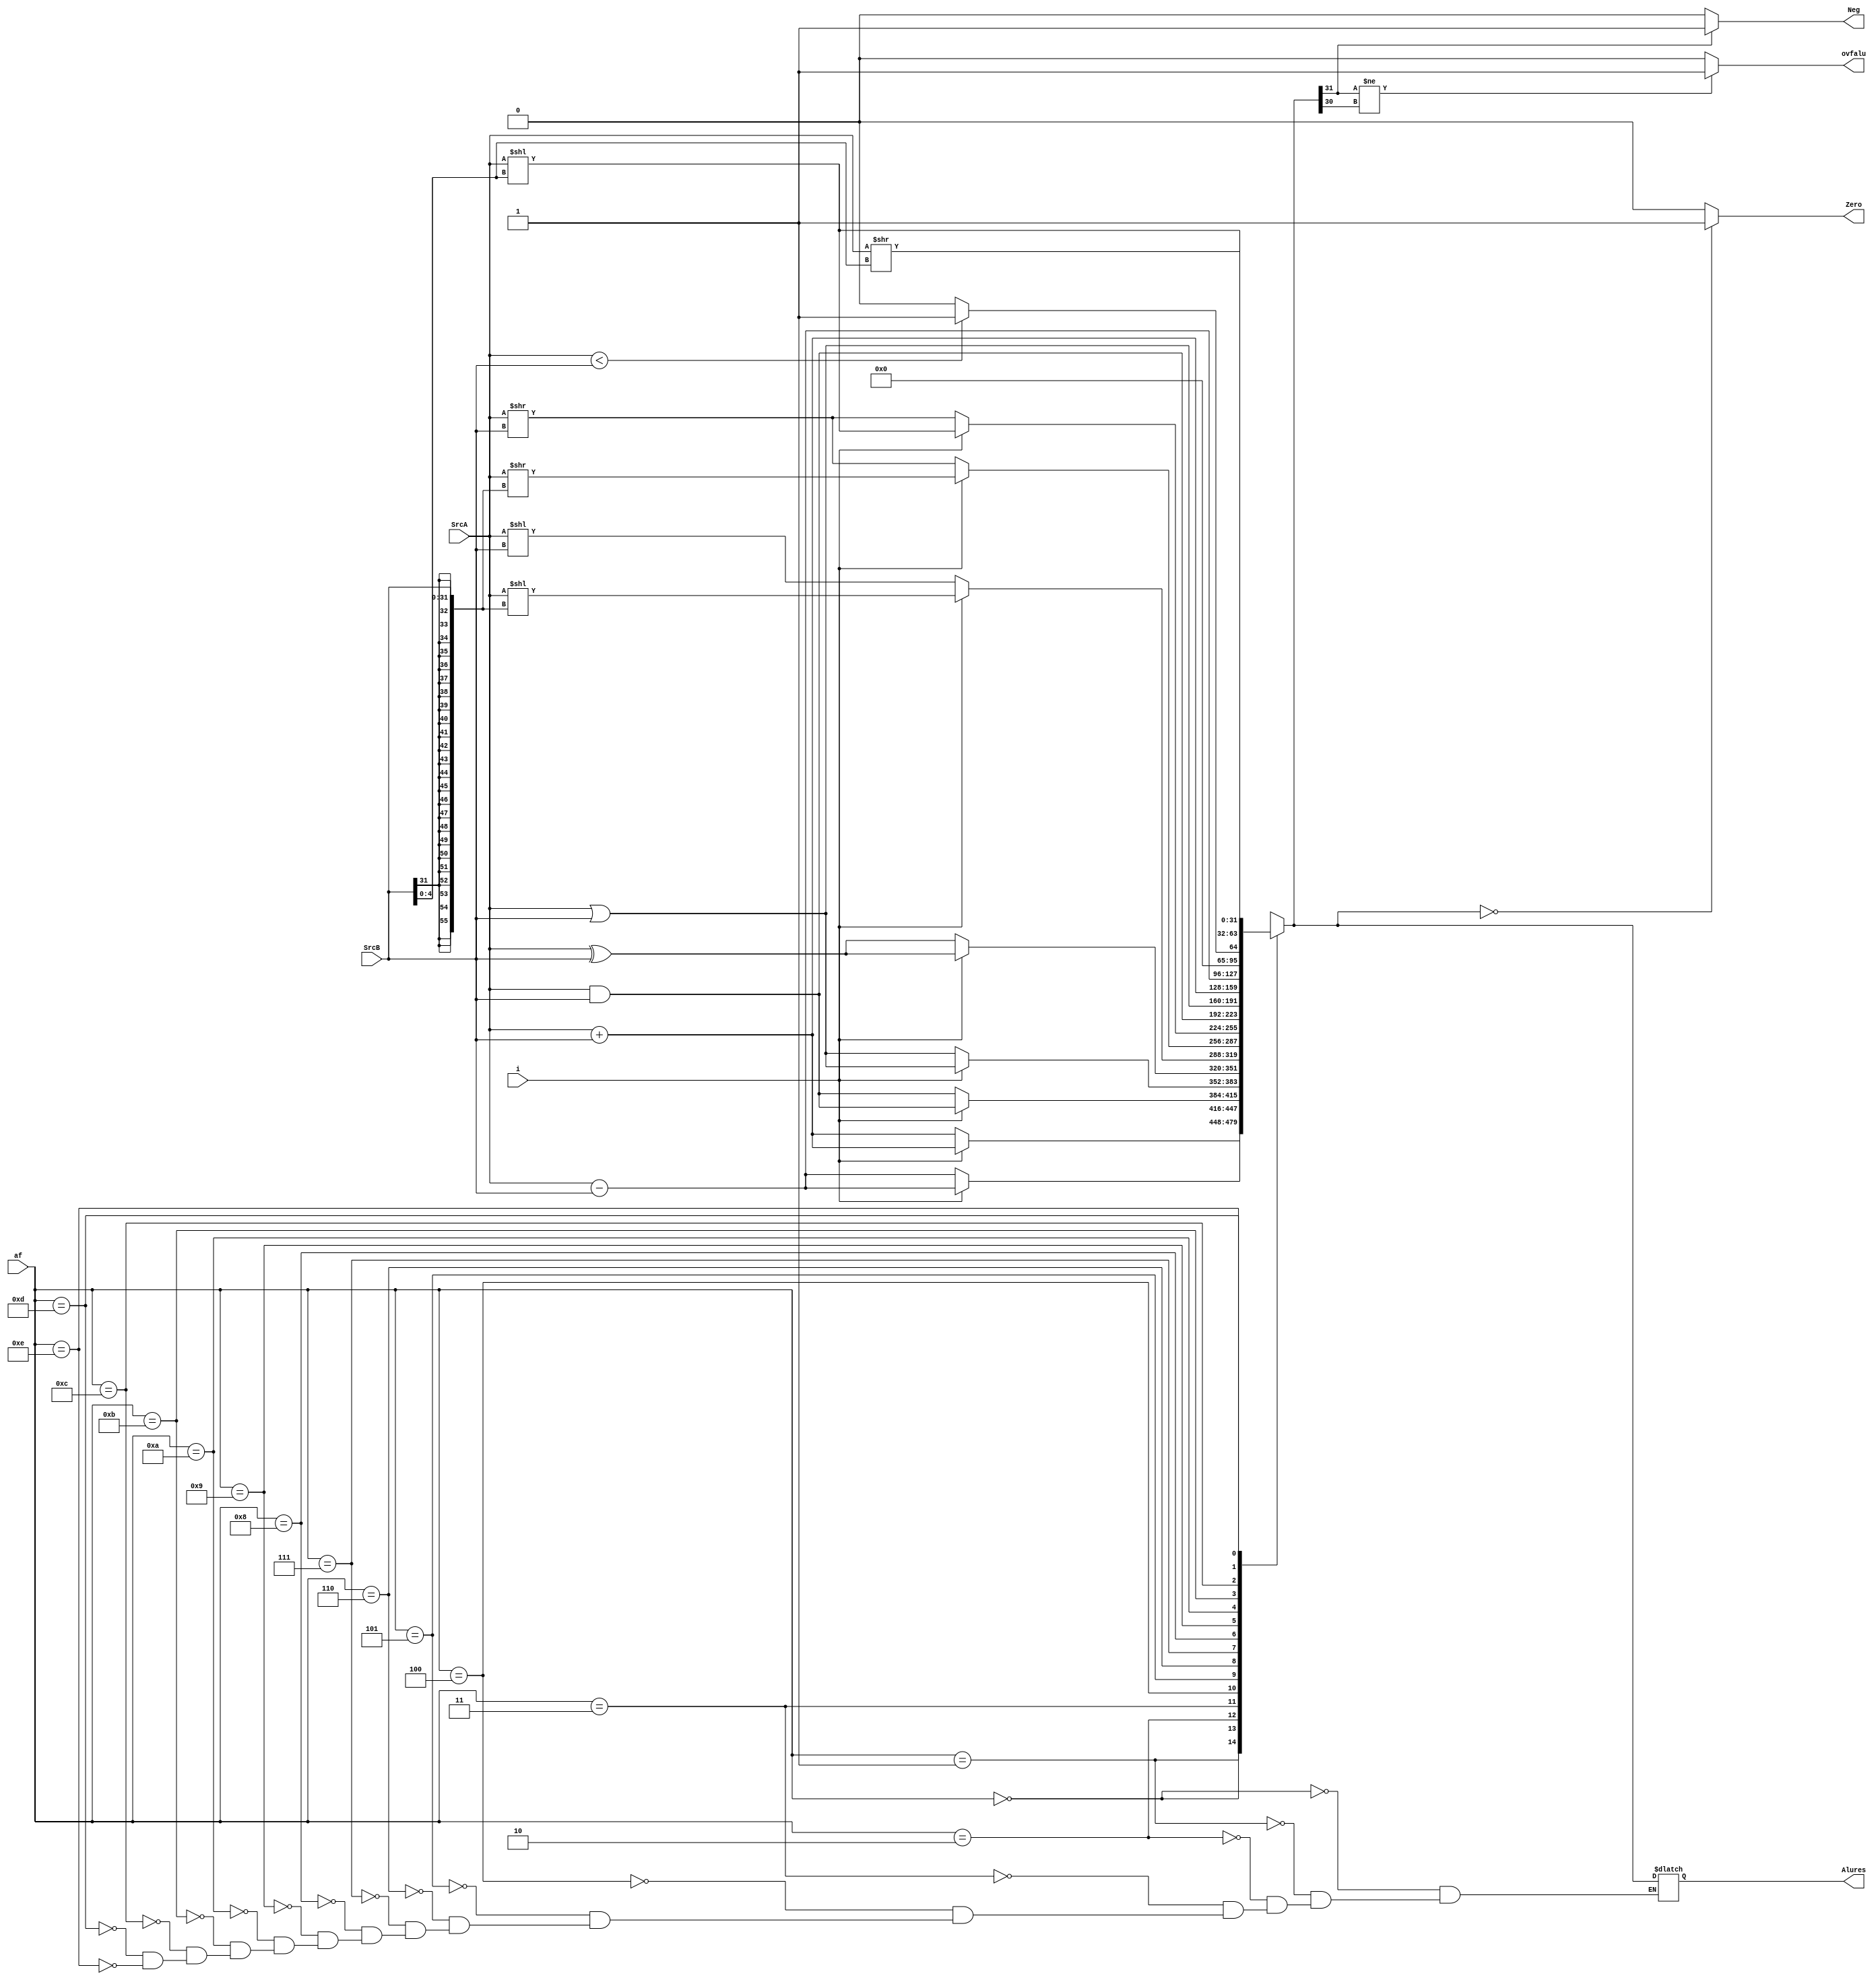
module ALU(input wire i, input wire [31:0] SrcA, input wire [31:0] SrcB, input wire [3:0] af, output reg [31:0] Alures, output reg Zero, output reg Neg, output reg ovfalu);

  
  always @*
  begin
    case (af)
	 //I-type instructions
      4'b0000: Alures = (i == 1) ? SrcA + {{24{SrcB[31]}}, SrcB[31:0]} : SrcA + SrcB; // ADD
      4'b0001: Alures = (i == 1) ? SrcA - {{24{SrcB[31]}}, SrcB[31:0]} : SrcA - SrcB; // SUB
      4'b0010: Alures = (i == 1) ? SrcA & {{24{SrcB[31]}}, SrcB[31:0]} : SrcA & SrcB; // AND
      4'b0011: Alures = (i == 1) ? SrcA | {{24{SrcB[31]}}, SrcB[31:0]} : SrcA | SrcB; // OR
      4'b0100: Alures = (i == 1) ? SrcA ^ {{24{SrcB[31]}}, SrcB[31:0]} : SrcA ^ SrcB; // XOR
      4'b0101: Alures = (i == 1) ? SrcA << {{24{SrcB[31]}}, SrcB[31:0]} : SrcA << SrcB; // SLL
      4'b0110: Alures = (i == 1) ? SrcA >> {{24{SrcB[31]}}, SrcB[31:0]} : SrcA >> SrcB; // SRL
      4'b0111: Alures = (i == 1) ? SrcA << SrcB[4:0] : SrcA >> SrcB; // SRA

      // R-Type Instructions
      4'b1000: Alures = SrcA & SrcB; // AND
      4'b1001: Alures = SrcA | SrcB; // OR
      4'b1010: Alures = SrcA + SrcB; // ADD
      4'b1011: Alures = SrcA - SrcB; // SUB
      4'b1100: Alures = (SrcA < SrcB) ? 1 : 0; // SLT
      4'b1101: Alures = SrcA << SrcB[4:0]; // SLL
      4'b1110: Alures = SrcA >> SrcB[4:0]; // SRL
    endcase

    // Set flags
    Zero = (Alures == 0) ? 1'b1 : 1'b0;
    Neg = (Alures[31] == 1) ? 1'b1 : 1'b0;
    ovfalu = (Alures[31] != Alures[30]) ? 1'b1 : 1'b0;
  end
endmodule